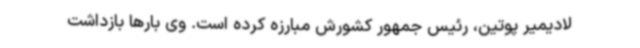
لادیمیر پوتین، رئیس جمهور کشورش مبارزه کرده است. وی بارها بازداشت